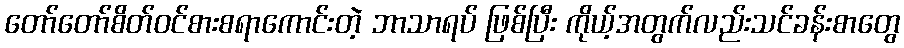
တော်တော်စိတ်ဝင်စားစရာကောင်းတဲ့ ဘာသာရပ် ဖြစ်ပြီး ကိုယ့်အတွက်လည်းသင်ခန်းစာတွေ